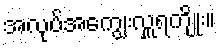
အလုပ်အကျွေးလှူရကျိုး။